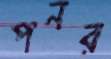
পনর